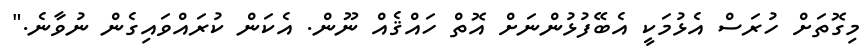
މިގޮތަށް ހުރަސް އެޅުމަކީ އެބޭފުޅުންނަށް އޮތް ހައްޤެއް ނޫން. އެކަން ކުރައްވައިގެން ނުވާނެ."